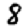
Digit: 8